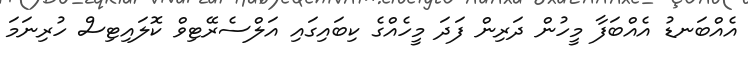
އެއްބަނޑު އެއްބަފާ މީހުން ދަރިން ފަދަ މީހެއްގެ ކިބައިގައި އަލްސެރޭޓިވް ކޮލައިޓިސް ހުރިނަމަ